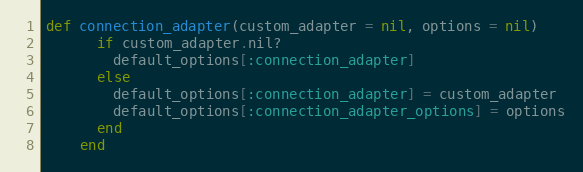
Language: Ruby
def connection_adapter(custom_adapter = nil, options = nil)
      if custom_adapter.nil?
        default_options[:connection_adapter]
      else
        default_options[:connection_adapter] = custom_adapter
        default_options[:connection_adapter_options] = options
      end
    end